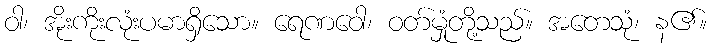
ဝါ၊ အိုးကိုးလုံးပမာရှိသော။ ရေဏဝေါ၊ ဝတ်မှုံတို့သည်။ အတေသုံ၊ န၏။